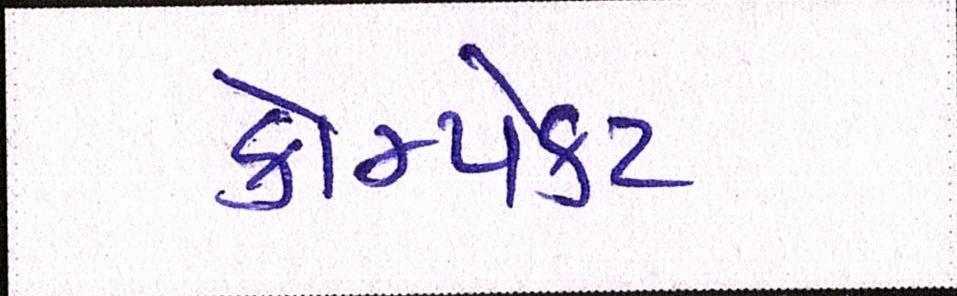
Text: કોમ્પેક્ટ